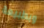
وبطبيعة